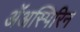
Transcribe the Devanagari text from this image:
ॲअस्पिरिन